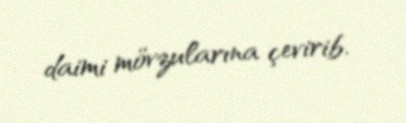
daimi mövzularına çevirib.